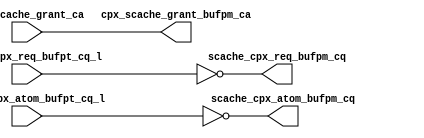
module cpx_buf_pm(/*AUTOARG*/
   // Outputs
   cpx_scache_grant_bufpm_ca, scache_cpx_req_bufpm_cq, 
   scache_cpx_atom_bufpm_cq, 
   // Inputs
   cpx_scache_grant_ca, scache_cpx_req_bufpt_cq_l, 
   scache_cpx_atom_bufpt_cq_l
   );
   output [7:0]         cpx_scache_grant_bufpm_ca;
   output [7:0]		scache_cpx_req_bufpm_cq		        ;	
   output 		scache_cpx_atom_bufpm_cq		        ;	

   

   input [7:0]          cpx_scache_grant_ca;
   input [7:0]		scache_cpx_req_bufpt_cq_l;	
   input 		scache_cpx_atom_bufpt_cq_l;	

   
   assign               cpx_scache_grant_bufpm_ca      =                  cpx_scache_grant_ca;
   assign		scache_cpx_req_bufpm_cq[7:0]		=        ~scache_cpx_req_bufpt_cq_l[7:0];
   assign 		scache_cpx_atom_bufpm_cq		=        ~scache_cpx_atom_bufpt_cq_l;


endmodule